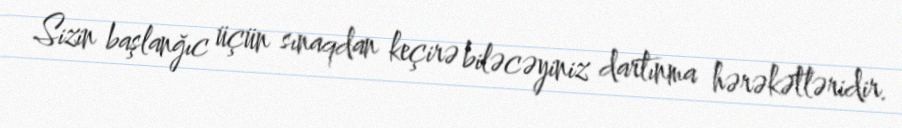
Sizin başlanğıc üçün sınaqdan keçirə biləcəyiniz dartınma hərəkətləridir.